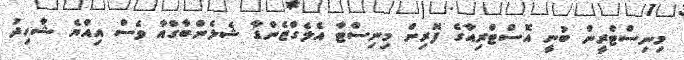
މިނިސްޓްރީން ބުނީ އޮސްޓްރިއާގެ ފޮރިން މިނިސްޓާ އެލެގްޒެންޑާ ޝެލެންބާގްއާ ވެސް އިއްޔެ ޝާހިދު